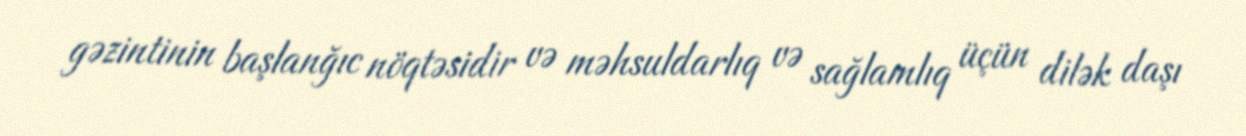
gəzintinin başlanğıc nöqtəsidir və məhsuldarlıq və sağlamlıq üçün dilək daşı